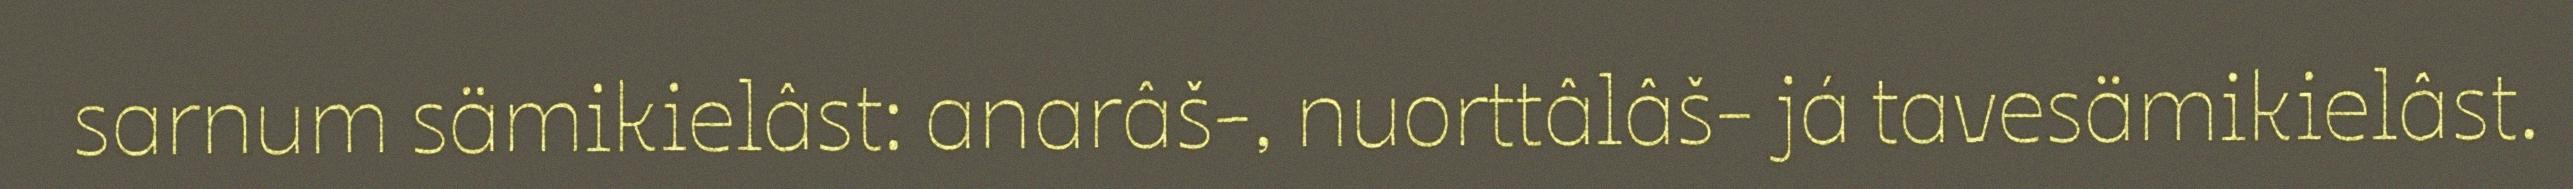
sarnum sämikielâst: anarâš-, nuorttâlâš- já tavesämikielâst.